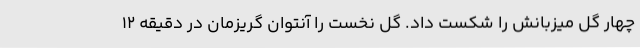
چهار گل میزبانش را شکست داد. گل نخست را آنتوان گریزمان در دقیقه 12